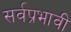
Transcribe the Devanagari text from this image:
सर्वप्रभावी